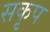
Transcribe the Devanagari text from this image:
सकृप